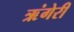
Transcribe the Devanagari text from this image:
ऋंगेरी